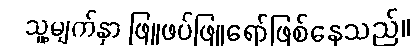
သူ့မျက်နှာ ဖြူဖပ်ဖြူရော်ဖြစ်နေသည်။